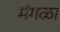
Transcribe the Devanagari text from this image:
मंगळा